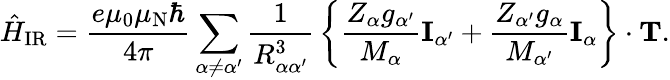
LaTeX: {\hat{H}}_{\mathrm{IR}}={\frac{e\mu_{0}\mu_{\mathrm{N}}\hbar}{4\pi}}\sum_{\alpha\neq\alpha^{\prime}}{\frac{1}{R_{\alpha\alpha^{\prime}}^{3}}}\left\{ {\frac{Z_{\alpha}g_{\alpha^{\prime}}}{M_{\alpha}}}\mathbf{I}_{\alpha^{\prime}}+{\frac{Z_{\alpha^{\prime}}g_{\alpha}}{M_{\alpha^{\prime}}}}\mathbf{I}_{\alpha}\right\} \cdot\mathbf{T}.